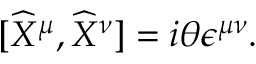
\lbrack \widehat { X } ^ { \mu } , \widehat { X } ^ { \nu } ] = i \theta \epsilon ^ { \mu \nu } .